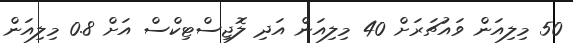
50 މިލިއަން ވައުޗަރަށް 40 މިލިއަން އަދި ލޮޖިސްޓިކްސް އަށް 0.8 މިލިއަން